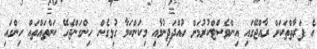
އެ ފަރާތްތަކަށް ރާއްޖޭގައި އިންވެސްޓްކުރުމަށް ހުއްދަދިނުމާއި މިކަންކަމާ ގުޅިގެން ހިންގަންޖެހޭ ކަންތައްތައް ހިންގައި